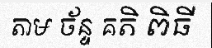
តាម ច័ន្ទ គតិ ពិធី